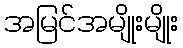
အမြင်အမျိုးမျိုး